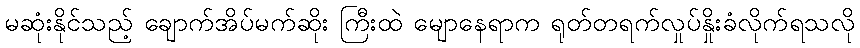
မဆုံးနိုင်သည့် ချောက်အိပ်မက်ဆိုး ကြီးထဲ မျောနေရာက ရုတ်တရက်လှုပ်နှိုးခံလိုက်ရသလို